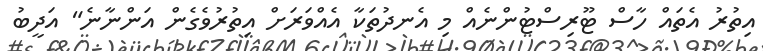
އިތުރު އެތައް ހާސް ޓޫރިސްޓުންނެއް މި އެނދުތަކާ އެއްވަރަށް އިތުރުވެގެން އަންނާނެ" އަދީބު